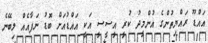
އައްޑޫ ރައްޔިތުންގެ އުންމީދު ކުރީ އީސީސީ އަކީ އައްޑުއަށް ބޮޑު ނަފާއެއް ލިބޭނެ